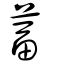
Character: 𦽌